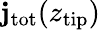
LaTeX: \mathbf{j}_{\mathrm{{tot}}}(z_{\mathrm{{tip}}})